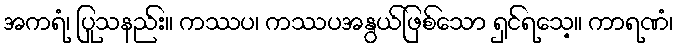
အကရံ၊ ပြုသနည်း။ ကဿပ၊ ကဿပအနွယ်ဖြစ်သော ရှင်ရသေ့။ ကာရဏံ၊